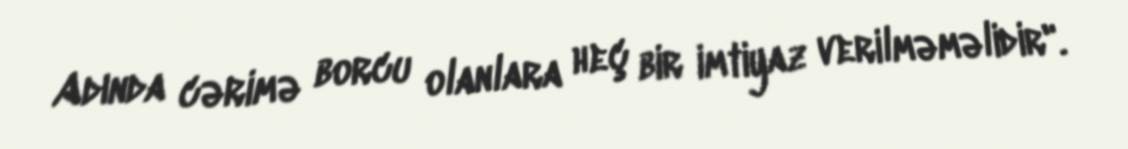
Adında cərimə borcu olanlara heç bir imtiyaz verilməməlidir".